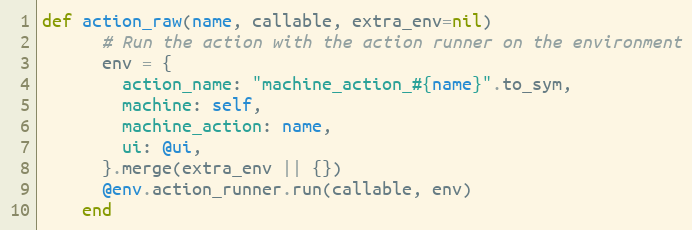
Language: Ruby
def action_raw(name, callable, extra_env=nil)
      # Run the action with the action runner on the environment
      env = {
        action_name: "machine_action_#{name}".to_sym,
        machine: self,
        machine_action: name,
        ui: @ui,
      }.merge(extra_env || {})
      @env.action_runner.run(callable, env)
    end